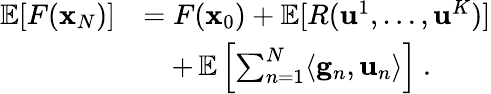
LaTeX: \begin{array}{rl}{\mathop{\mathbb{E}}[F({\mathbf x}_{N})]}&{=F({\mathbf x}_{0})+\mathop{\mathbb{E}}[R(\mathbf{u}^{1},\dots,\mathbf{u}^{K})]}\\ &{\quad+\mathop{\mathbb{E}}\left[\sum_{n=1}^{N}\langle\mathbf{g}_{n},\mathbf{u}_{n}\rangle\right]~.}\end{array}